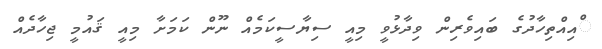
ްއިއްތިހާދުގެ ބައިވެރިން ވިދާޅުވީ މިއީ ސިޔާސީކަމެއް ނޫން ކަމަށާ މިއީ ޤައުމީ ޖިހާދެއް